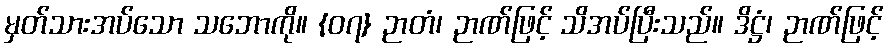
မှတ်သားအပ်သော သဘောကို။ {၀၇} ဉာတံ၊ ဉာဏ်ဖြင့် သိအပ်ပြီးသည်။ ဒိဋ္ဌံ၊ ဉာဏ်ဖြင့်